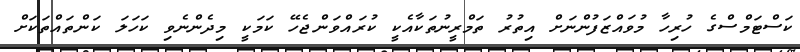
ކަސްޓަމްސްގެ ހުރިހާ މުވައްޒަފުންނަށް އިތުރު ތަމްރީނުތަކާއެކީ ކުރައްވަންޖެހޭ ކަމަކީ މިދެންނެވި ކަހަލަ ކަންތައްތަކަށް